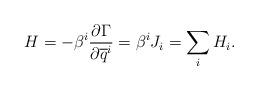
LaTeX: \begin{align*}H = -\beta^i\frac{\partial\Gamma}{\partial\overline q^i} = \beta^i J_i = \sum_iH_i.\end{align*}